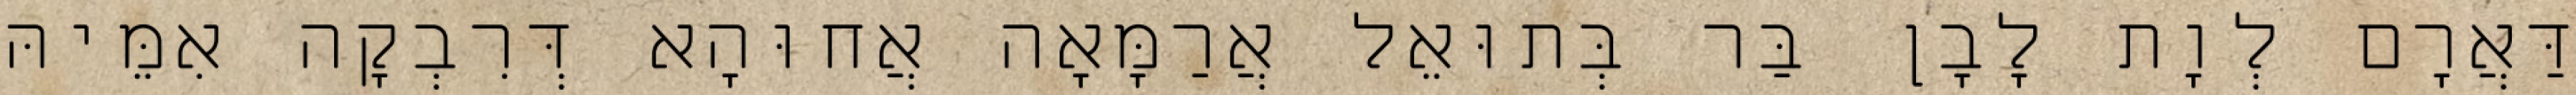
דַּאֲרָם לְוָת לָבָן בַּר בְּתוּאֵל אֲרַמָּאָה אֲחוּהָא דְּרִבְקָה אִמֵּיהּ